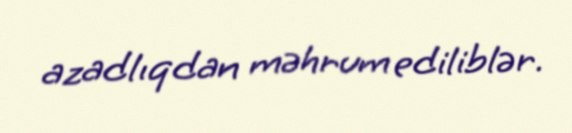
azadlıqdan məhrum ediliblər.